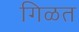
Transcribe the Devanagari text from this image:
गिळत